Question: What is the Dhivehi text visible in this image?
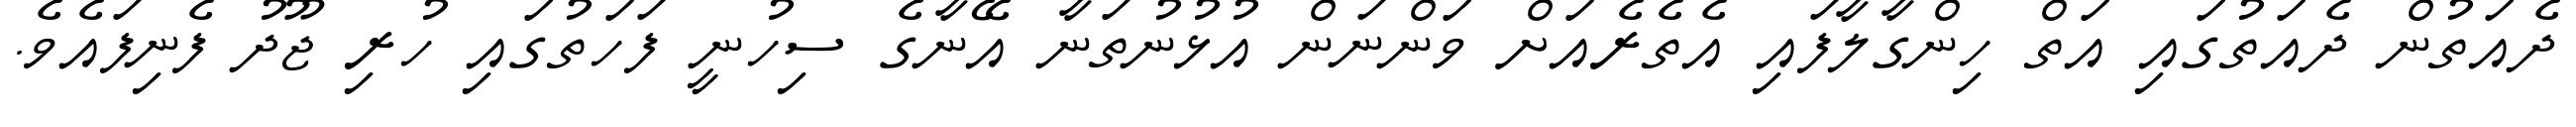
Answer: ދެއަތުން ދެއަތުގައި އަތް ހިންގާލާފައި އެތެރެއަށް ވަންނަން އުޅުނުތަނާ އޭނާގެ ސިހުނީ ފަހަތުގައި ހުރި ޖޫދު ފެނިފައެވެ.